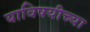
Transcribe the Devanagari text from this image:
याविषयीच्या